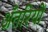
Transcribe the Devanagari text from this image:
अँतरियों